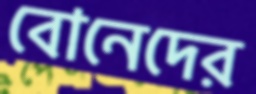
বোনেদের